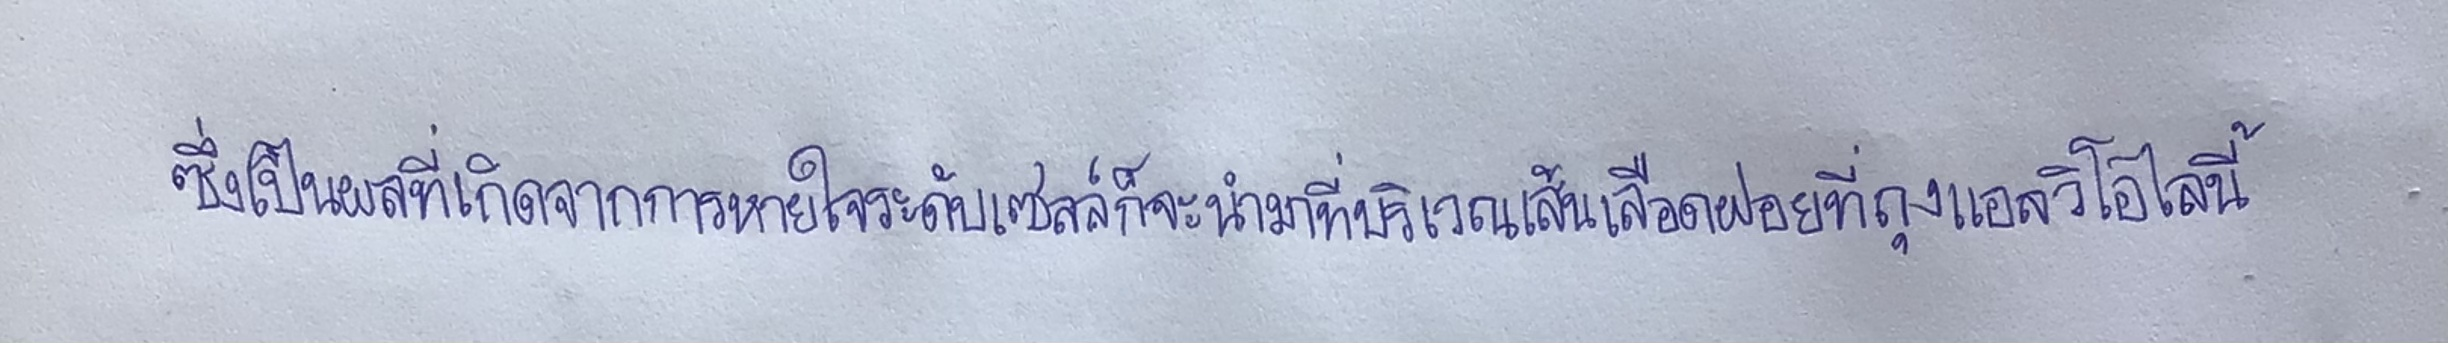
ซึ่งเป็นผลที่เกิดจากการหายใจระดับเซลล์ก็จะนำมาที่บริเวณเส้นเลือดฝอยที่ถุงแอลวิโอไลนี้